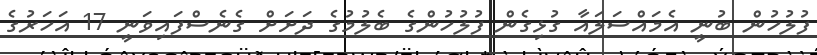
ފުލުހުން ބުނީ އެމައްސަލައާ ގުޅިގެން ފުލުހުންގެ ބެލުމުގެ ދަށަށް ގެނެސްފައިވަނީ 17 އަހަރުގެ